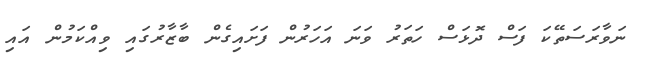
ނަވާރަސަތޭކަ ފަސް ދޮޅަަސް ހަތަރު ވަނަ އަހަރުން ފަށައިގެން ބާޒާރުގައި ވިއްކަމުން އައި